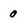
Character: 0